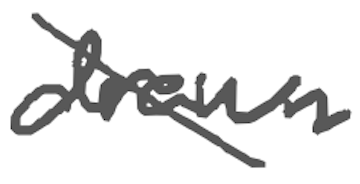
Text: drawn
Cross-out: mix
Writing tool: digital_gray